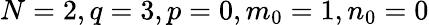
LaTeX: N=2,q=3,p=0,m_{0}=1,n_{0}=0